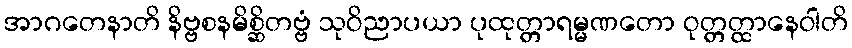
အာဂတေနာတိ နိဗ္ဗစနမိစ္ဆိတဗ္ဗံ သုဝိညာပယာ ပုထုတ္တာရမ္မဏတော ဝုတ္တတ္ထာနေဝါတိ